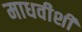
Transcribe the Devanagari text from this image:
माधवीशी